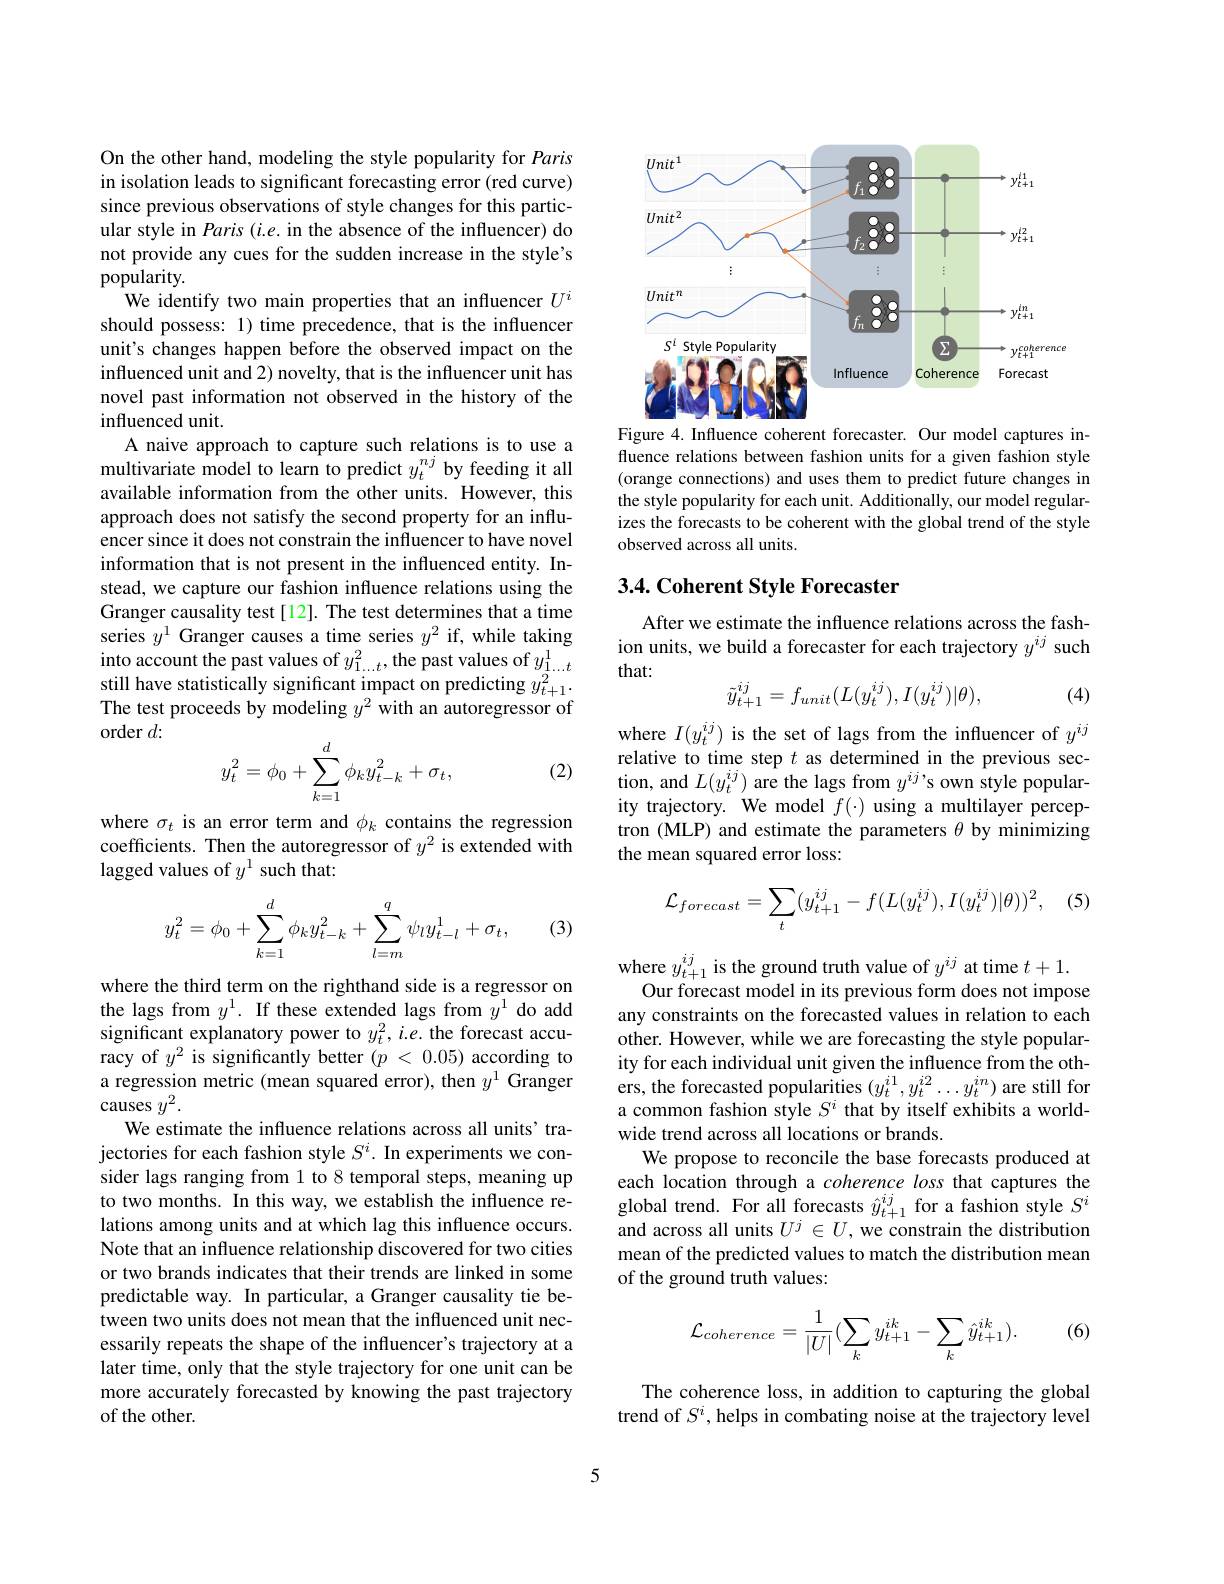
On the other hand, modeling the style popularity for Paris in isolation leads to significant forecasting error (red curve) since previous observations of style changes for this particular style in Paris (i.e. in the absence of the influencer) do not provide any cues for the sudden increase in the style's popularity.
We identify two main properties that an influencer $U^{i}$ should possess: 1) time precedence, that is the influencer unit's changes happen before the observed impact on the influenced unit and 2) novelty, that is the influencer unit has novel past information not observed in the history of the influenced unit.
A naive approach to capture such relations is to use a multivariate model to learn to predict $y_t^{nj}$ by feeding it all available information from the other units. However, this approach does not satisfy the second property for an influencer since it does not constrain the influencer to have novel information that is not present in the influenced entity. Instead, we capture our fashion influence relations using the Granger causality test [12]. The test determines that a time series $y^1$ Granger causes a time series $y^2$ if, while taking into account the past values of $y_1...t^2$,the past values of $y_1...t^1$ still have statistically significant impact on predicting $y_{t+1}^2.$ The test proceeds by modeling $y^2$ with an autoregressor of order $d:$
$$\begin{aligned}y_t^2=\phi_0+\sum_{k=1}^d\phi_ky_{t-k}^2+\sigma_t,\end{aligned}$$
(2)

where $\sigma_t$ is an error term and $\phi_k$ contains the regression coefficients. Then the autoregressor of $y^2$ is extended with lagged values of $y^{1}$ such that:

(3)
$$\begin{aligned}y_t^2=\phi_0+\sum_{k=1}^d\phi_ky_{t-k}^2+\sum_{l=m}^q\psi_ly_{t-l}^1+\sigma_t,\end{aligned}$$
where the third term on the righthand side is a regressor on the lags from $y^1.$ If these extended lags from $y^1$ do add significant explanatory power to $y_t^2,i.e.$ the forecast accuracy of $y^2$ is significantly better $( p$ < 0.05) according to a regression metric (mean squared error), then $y^{1}$ Granger causes $y^2.$
We estimate the influence relations across all units' trajectories for each fashion style $S^i.$ In experiments we consider lags ranging from 1 to 8 temporal steps, meaning up to two months. In this way, we establish the influence relations among units and at which lag this influence occurs. Note that an influence relationship discovered for two cities or two brands indicates that their trends are linked in some predictable way. In particular, a Granger causality tie between two units does not mean that the influenced unit necessarily repeats the shape of the influencer's trajectory at a later time, only that the style trajectory for one unit can be more accurately forecasted by knowing the past trajectory of the other.

<FigureHere>

Figure 4. Influence coherent forecaster. Our model captures influence relations between fashion units for a given fashion style (orange connections) and uses them to predict future changes in the style popularity for each unit. Additionally, our model regularizes the forecasts to be coherent with the global trend of the style observed across all units.

## 3.4. Coherent Style Forecaster

After we estimate the influence relations across the fashion units, we build a forecaster for each trajectory $y^{ij}$ such that:
$$\tilde{y}_{t+1}^{ij}=f_{unit}(L(y_{t}^{ij}),I(y_{t}^{ij})|\theta),$$
(4)

where $I(y_t^{ij})$ is the set of lags from the influencer of $y^ij$ relative to time step $t$ as determined in the previous section, and $L(y_t^{ij})$ are the lags from $y^{ij}$'s own style popularity trajectory. We model $f(\cdot)$ using a multilayer perceptron (MLP) and estimate the parameters $\theta$ by minimizing the mean squared error loss:

(5
$$\mathcal{L}_{forecast}=\sum_{t}(y_{t+1}^{ij}-f(L(y_{t}^{ij}),I(y_{t}^{ij})|\theta))^{2},$$
where $y_t+1^{ij}$ is the ground truth value of $y^ij$ at time $t+1.$
Our forecast model in its previous form does not impose any constraints on the forecasted values in relation to each other. However, while we are forecasting the style popularity for each individual unit given the influence from the others, the forecasted popularities $(y_t^{i1},y_t^{i2}\ldots y_t^{in})$ are still for a common fashion style $S^i$ that by itself exhibits a worldwide trend across all locations or brands.
We propose to reconcile the base forecasts produced at each location through a coherence loss that captures the global trend. For all forecasts $\hat{y}_{t+1}^{ij}$ for a fashion style $S^i$ and across all units $U^j\in U$, we constrain the distribution mean of the predicted values to match the distribution mean of the ground truth values:

(6)
$$\mathcal{L}_{coherence}=\frac{1}{|U|}(\sum_{k}y_{t+1}^{ik}-\sum_{k}\hat{y}_{t+1}^{ik}).$$
The coherence loss, in addition to capturing the global trend of $S^i$, helps in combating noise at the trajectory level

5